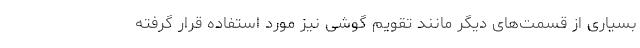
بسیاری از قسمت‌های دیگر مانند تقویم گوشی نیز مورد استفاده قرار گرفته